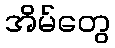
အိမ်တွေ